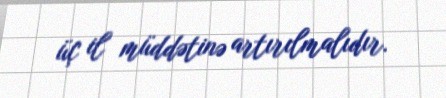
üç il müddətinə artırılmalıdır.